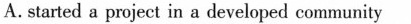
A. started a projcct in a developed community